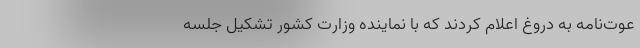
عوت‌نامه به دروغ اعلام کردند که با نماینده وزارت کشور تشکیل جلسه